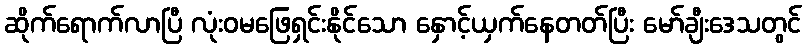
ဆိုက်ရောက်လာပြီ လုံးဝမဖြေရှင်းနိုင်သော နှောင့်ယှက်နေတတ်ပြီး မော်ချီးဒေသတွင်